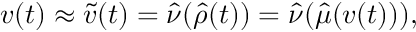
v ( t ) \approx \ensuremath { \tilde { v } } ( t ) = \ensuremath { \hat { \nu } } ( \ensuremath { \hat { \rho } } ( t ) ) = \ensuremath { \hat { \nu } } ( \ensuremath { \hat { \mu } } ( v ( t ) ) ) ,